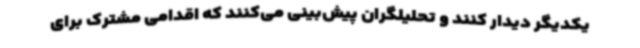
یکدیگر دیدار کنند و تحلیلگران پیش‌بینی می‌کنند که اقدامی مشترک برای